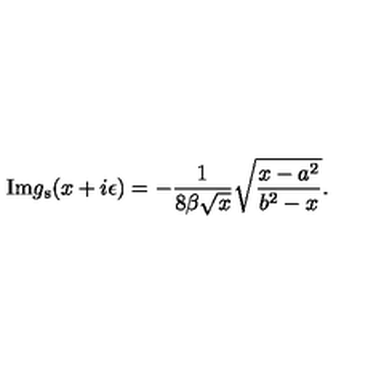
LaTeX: \mathrm { I m } g _ { \mathrm { s } } ( x + i \epsilon ) = - { \frac { 1 } { 8 \beta \sqrt { x } } } \sqrt { { \frac { x - a ^ { 2 } } { b ^ { 2 } - x } } } .